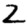
Digit: 2